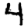
Digit: 4